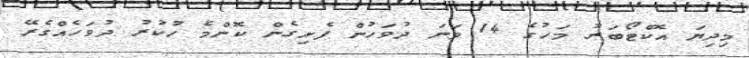
މިދިޔަ އޮކްޓޯބަރު މަހުގެ 14 ވަނަ ދުވަހުން ފެށިގެން ކޮންމެ ހުކުރު ދުވަހެއްގެރޭ